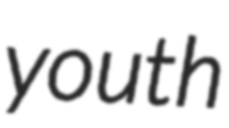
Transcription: youth